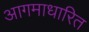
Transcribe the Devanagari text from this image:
आगमाधारित